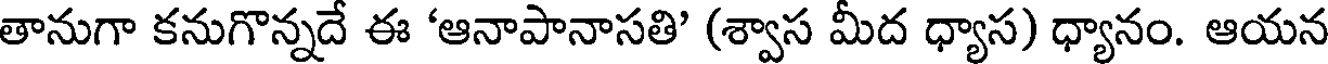
తానుగా కనుగొన్నదే ఈ 'ఆనాపానాసతి' (శ్వాస మీద ధ్యాస) ధ్యానం. ఆయన